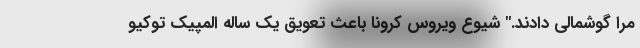
مرا گوشمالی دادند." شیوع ویروس کرونا باعث تعویق یک ساله المپیک توکیو